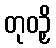
တုဝဉှိ